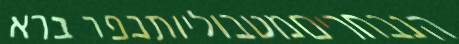
הנבחריםמטבוליותכפר ברא